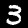
Label: 3